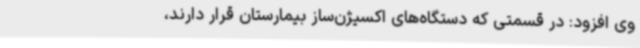
وی افزود: در قسمتی که دستگاه‌های اکسیژن‌ساز بیمارستان قرار دارند،